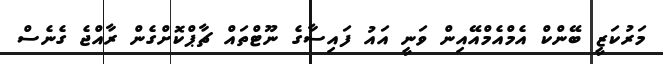
މަރުކަޒީ ބޭންކް އެމްއެމްއޭއިން ވަނީ އައު ފައިސާގެ ނޫޓްތައް ޗާޕްކޮށްގެން ރާއްޖެ ގެނެސް